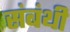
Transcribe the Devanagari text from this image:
संबंथी